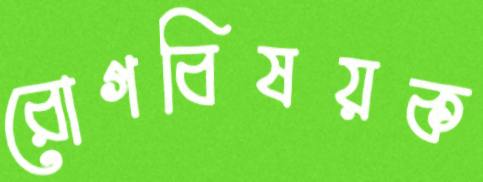
রোগবিষয়ক